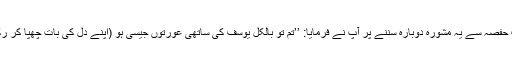
حضرت حفصہ سے یہ مشورہ دوبارہ سننے پر آپ نے فرمایا: ’’تم تو بالکل یوسف کی ساتھی عورتوں جیسی ہو (اپنے دل کی بات چھپا کر رکھتی ہو۔